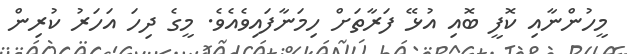
މީހުންނާއި ކޮފީ ބޮއި އުޅޭ ފަރާތަށް ހިމަނާފައިވެއެވެ. މީގެ ދިހަ އަހަރު ކުރިން